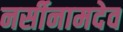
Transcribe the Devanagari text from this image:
नर्सीनामदेव